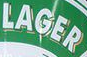
LAGER